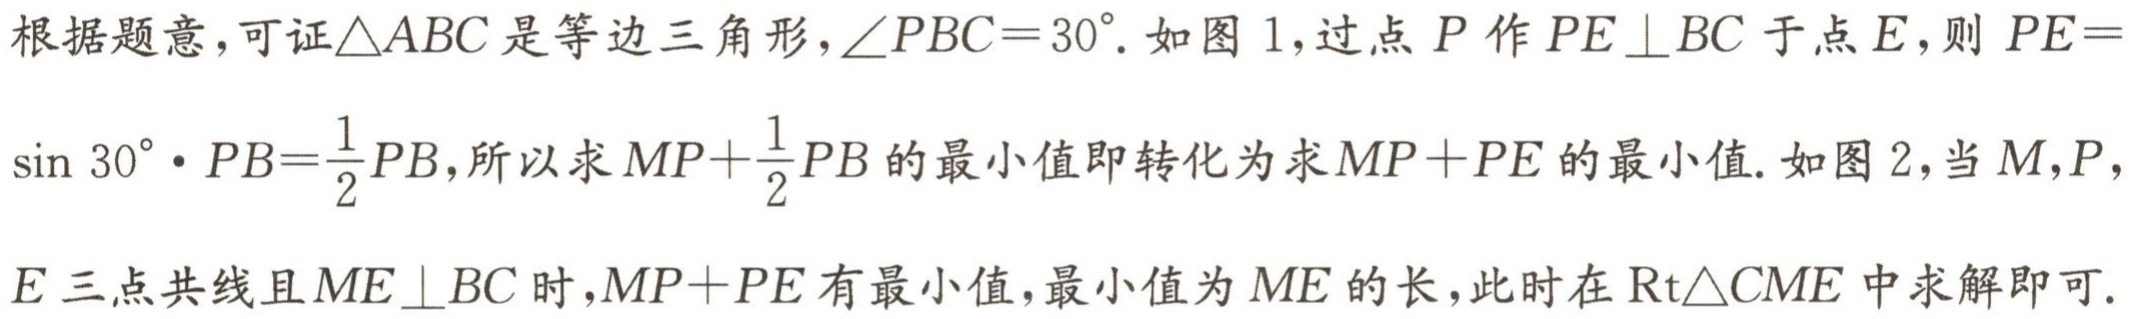
根据题意，可证\(\triangle ABC\)是等边三角形，\(\angle PBC = 30^{\circ}\). 如图 1，过点\(P\)作\(PE\perp BC\)于点\(E\)，则\(PE = \sin 30^{\circ}\cdot PB=\frac{1}{2}PB\)，所以求\(MP+\frac{1}{2}PB\)的最小值即转化为求\(MP + PE\)的最小值. 如图 2，当\(M\)，\(P\)，\(E\)三点共线且\(ME\perp BC\)时，\(MP + PE\)有最小值，最小值为\(ME\)的长，此时在\(\mathrm{Rt}\triangle CME\)中求解即可.